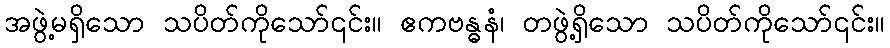
အဖွဲ့မရှိသော သပိတ်ကိုသော်၎င်း။ ဧကဗန္ဓနံ၊ တဖွဲ့ရှိသော သပိတ်ကိုသော်၎င်း။